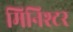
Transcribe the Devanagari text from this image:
मिनिश्टर